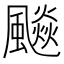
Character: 飈